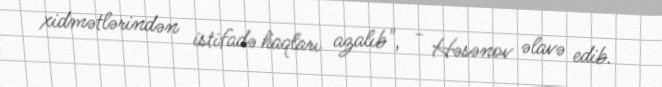
xidmətlərindən istifadə haqları azalıb", - Həsənov əlavə edib.